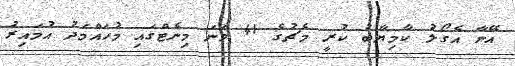
އޭނާ އެގޯލު ކާމިޔާބު ކުރީ މެޗުގެ 41 ވަނަ މިނެޓްގައި މުހައްމަދު އުމައިރު